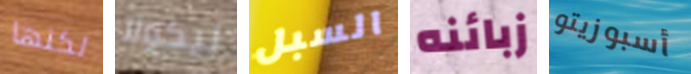
لكنها نيكولا السبل زبائنه أسبوزيتو